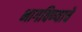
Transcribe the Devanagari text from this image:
भागविण्याचे